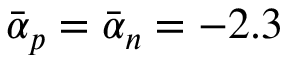
\bar { \alpha } _ { p } = \bar { \alpha } _ { n } = - 2 . 3